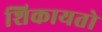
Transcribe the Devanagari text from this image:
शिकायतो